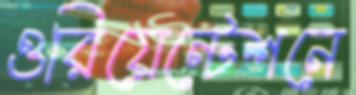
ওরিয়েন্টেশনে